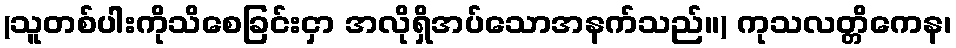
(သူတစ်ပါးကိုသိစေခြင်းငှာ အလိုရှိအပ်သောအနက်သည်။) ကုသလတ္တိကေန၊